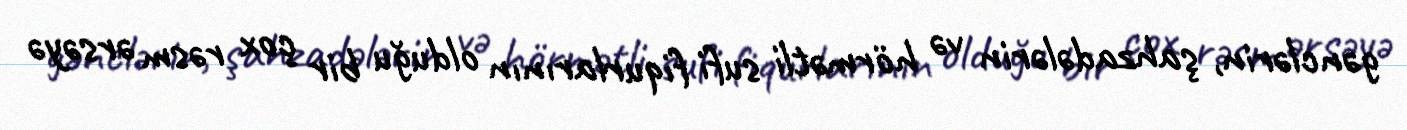
gənclərin, şahzadələrin və hörmətli sufi fiqurlarının olduğu bir çox rəsm ərsəyə